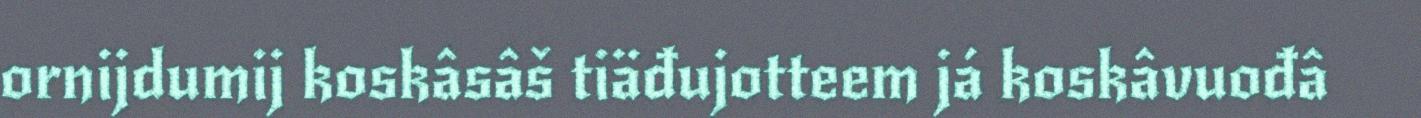
ornijdumij koskâsâš tiäđujotteem já koskâvuođâ